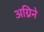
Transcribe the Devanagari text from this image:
अग्निने